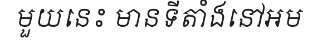
មួយនេះ មានទីតាំងនៅអម